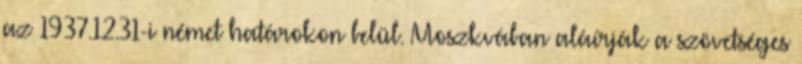
az 1937.12.31-i német határokon belül. Moszkvában aláírják a szövetséges